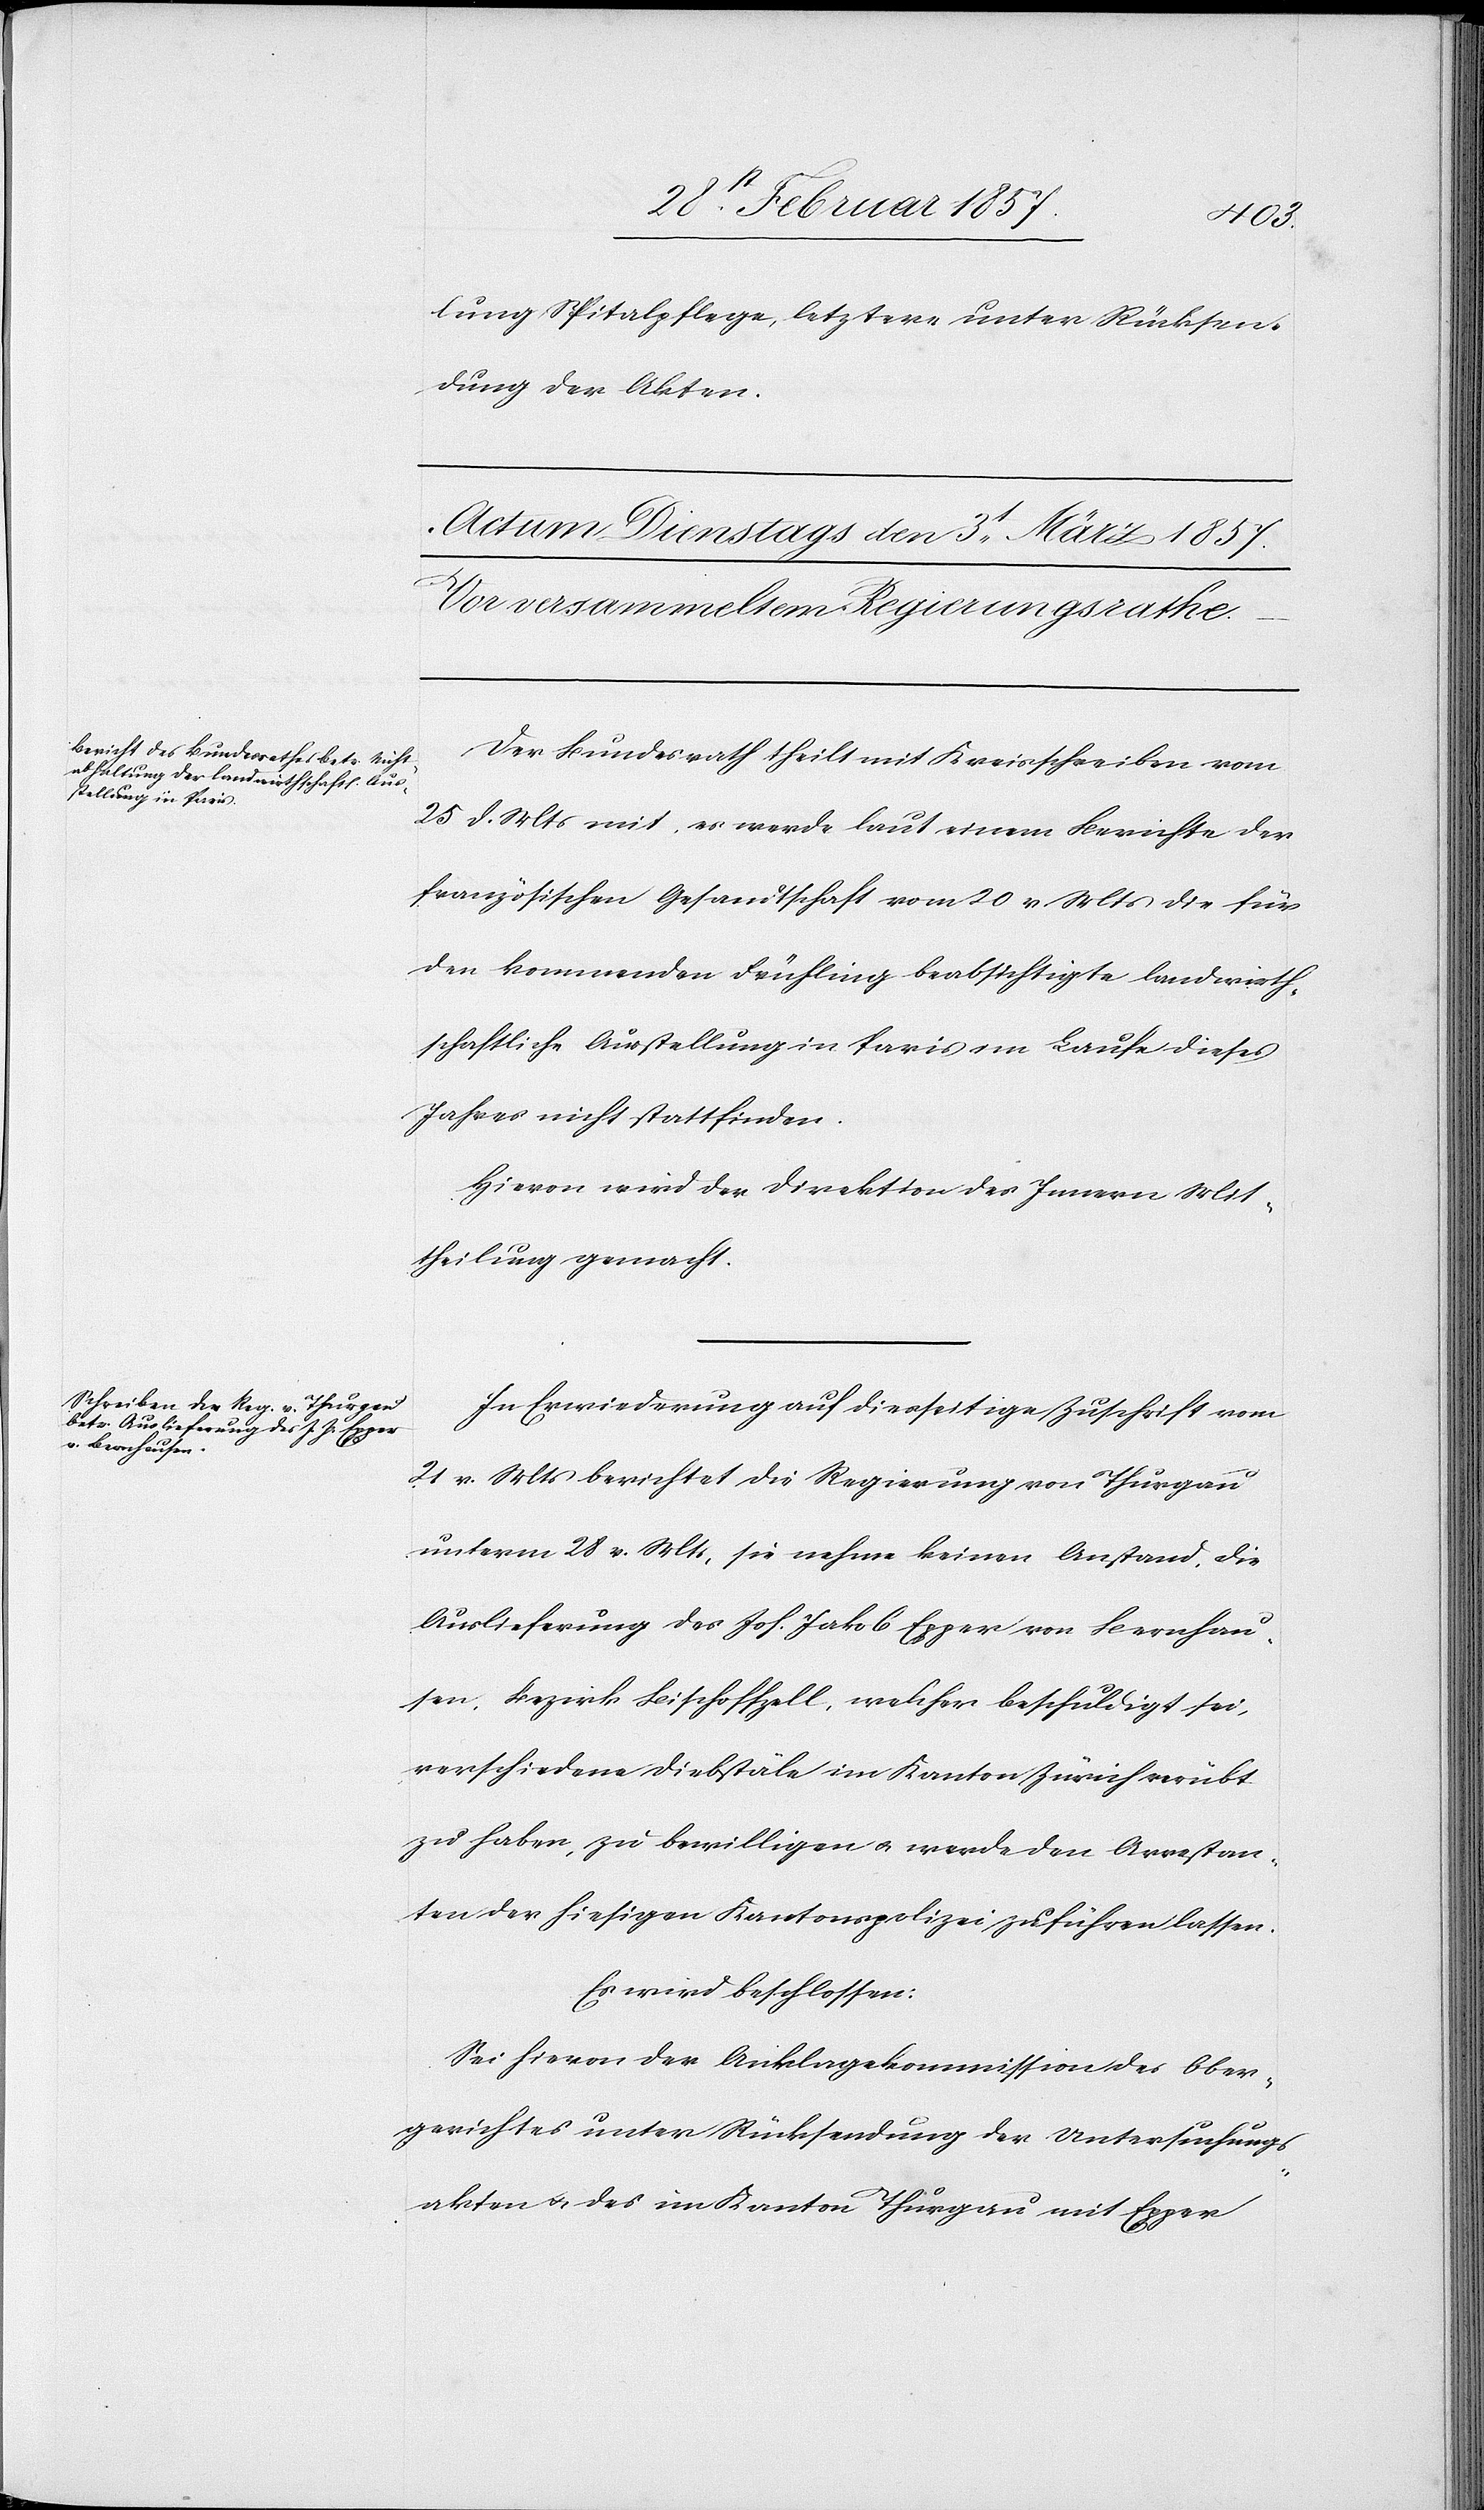
lung Spitalpflege, letztere unter Rücksen¬
dung der Akten.
Der Bundesrath theilt mit Kreisschreiben vom
25 d. Mts mit, es werde laut einem Berichte der
französischen Gesandtschaft vom 20 v Mts die für
den kommenden Frühling beabsichtigte landwirth¬
schaftliche Ausstellung in Paris im Laufe dieses
Jahres nicht stattfinden.
Hievon wird der Direktion des Innern Mit¬
theilung gemacht.
In Erwiederung auf diesseitige Zuschrift vom
21 v. Mts berichtet die Regierung von Thurgau
unterm 28 v. Mts, sie nehme keinen Anstand, die
Auslieferung des Joh. Jakob Egger von Bernhau¬
sen, Bezirk Bischoffzell, welcher beschuldigt sei,
verschiedene Diebstäle im Kanton Zürich verübt
zu haben, zu bewilligen u. werde den Arrestan¬
ten der hiesigen Kantonspolizei zuführen lassen.
Es wird beschlossen:
Sei hievon der Anklagekommission des Ober¬
gerichtes unter Rücksendung der Untersuchungs¬
akten u. des im Kanton Thurgau mit Egger